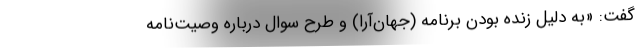
گفت: «به دلیل زنده بودن برنامه (جهان‌آرا) و طرح سوال درباره وصیت‌نامه